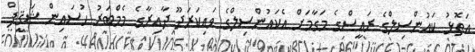
އަތޮޅު ކައުންސިލްގެ ރައީސްގެ މަގާމަށް އެކައުންސިލްގެ ވައިކަރަދޫ ދާއިރާގެ މެމްބަރު ހުސައިން ޝަޤީފް